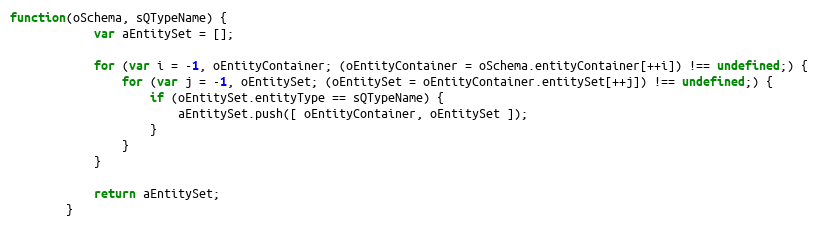
Language: JavaScript
function(oSchema, sQTypeName) {
			var aEntitySet = [];

			for (var i = -1, oEntityContainer; (oEntityContainer = oSchema.entityContainer[++i]) !== undefined;) {
				for (var j = -1, oEntitySet; (oEntitySet = oEntityContainer.entitySet[++j]) !== undefined;) {
					if (oEntitySet.entityType == sQTypeName) {
						aEntitySet.push([ oEntityContainer, oEntitySet ]);
					}
				}
			}

			return aEntitySet;
		}